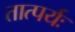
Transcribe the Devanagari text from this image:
तात्पर्यः